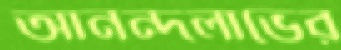
আনন্দলাভের